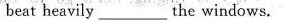
beat heavily _the windows.